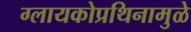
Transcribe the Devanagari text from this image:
ग्लायकोप्रथिनामुळे